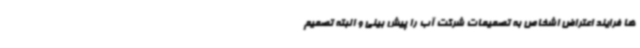
ها فرایند اعتراض اشخاص به تصمیمات شرکت آب را پیش بینی و البته تصمیم